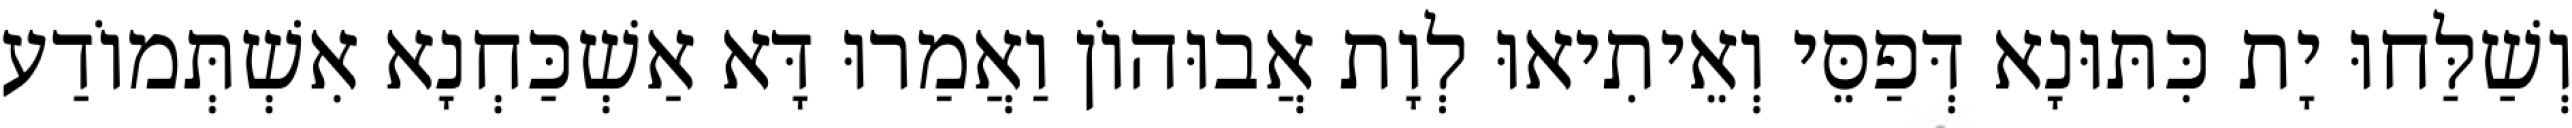
וְשַׁלַּחוּ יָת כִּתּוּנָא דְּפַסֵּי וְאֵיתִיאוּ לְוָת אֲבוּהוֹן וַאֲמַרוּ דָּא אַשְׁכַּחְנָא אִשְׁתְּמוֹדַע